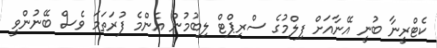
ކެޓްރީނާ ބުނީ އޭނާއަށް ފިލްމުގެ ސްރިޕްޓް ލިބުމުން އެންމެ ފުރަތަމަ ވެސް ބޭނުންވީ